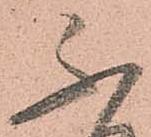
不